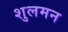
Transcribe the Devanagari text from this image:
शुलमन